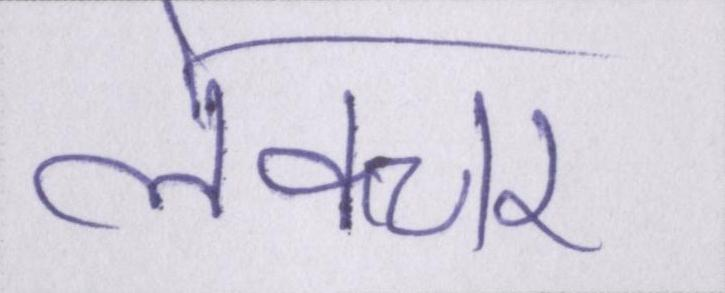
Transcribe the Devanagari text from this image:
लेक्चर